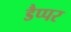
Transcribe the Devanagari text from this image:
डैप्पर